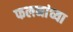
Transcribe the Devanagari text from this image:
फलनांच्या